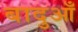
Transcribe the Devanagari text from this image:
बादुआँ